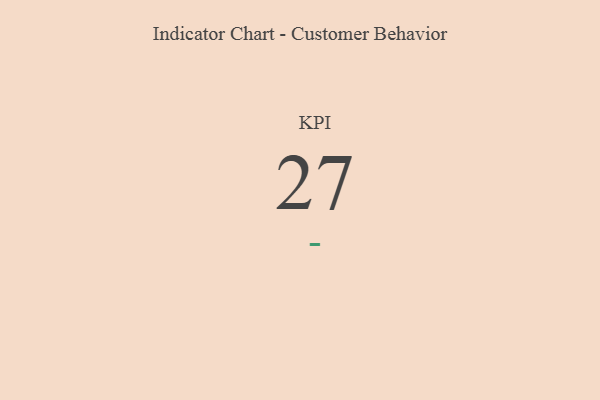
{"axis": {"x": "KPI", "y": "Value"}, "legend": [""], "data": [{"x": "KPI", "y": 27, "type": ""}]}